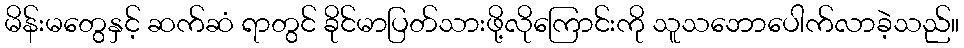
မိန်းမတွေနှင့် ဆက်ဆံ ရာတွင် ခိုင်မာပြတ်သားဖို့လိုကြောင်းကို သူသဘောပေါက်လာခဲ့သည်။